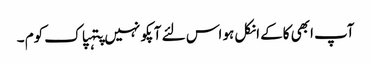
آپ ابھی کاکے انکل ہو اس لئے آپکو نہیں پتہپاک کوم ۔